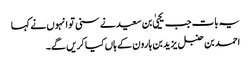
یہ بات جب یحییٰ بن سعید نے سنی تو انہوں نے کہا
احمد بن حنبل یزید بن ہارون کے ہاں کیا کریں گے۔